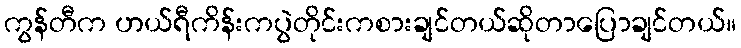
ကွန်တီက ဟယ်ရီကိန်းကပွဲတိုင်းကစားချင်တယ်ဆိုတာပြောချင်တယ်။